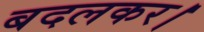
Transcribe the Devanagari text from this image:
बदलकर।